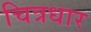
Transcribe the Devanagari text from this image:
चित्रधार